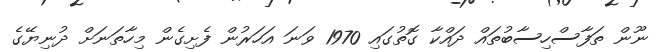
ނޫން ތަފާސްހިސާބުތައް ދައްކާ ގޮތުގައި 1970 ވަނަ އަހަރުން ފެށިގެން މިހާތަނަށް ދުނިޔޭގެ